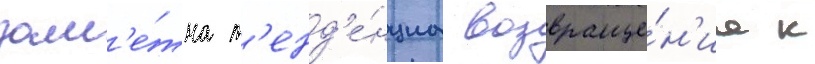
зам'е́тна т'енд'е́нциа возвраще́н'иа к